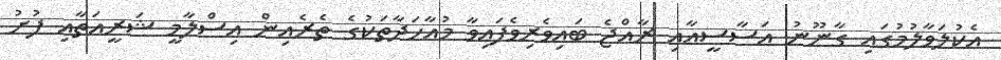
އެކުލަވާލުމުގައި ގާނޫނު އަސާސީއާއި ރާއްޖެ ބައިވެރިވެފައިވާ މުއާހަދާތަކުގެ ތެރެއިން އިސްލާމީ ޝަރީއަތާއި ފުށު